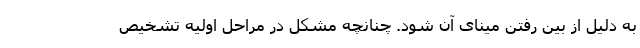
به دلیل از بین رفتن مینای آن شود. چنانچه مشکل در مراحل اولیه تشخیص